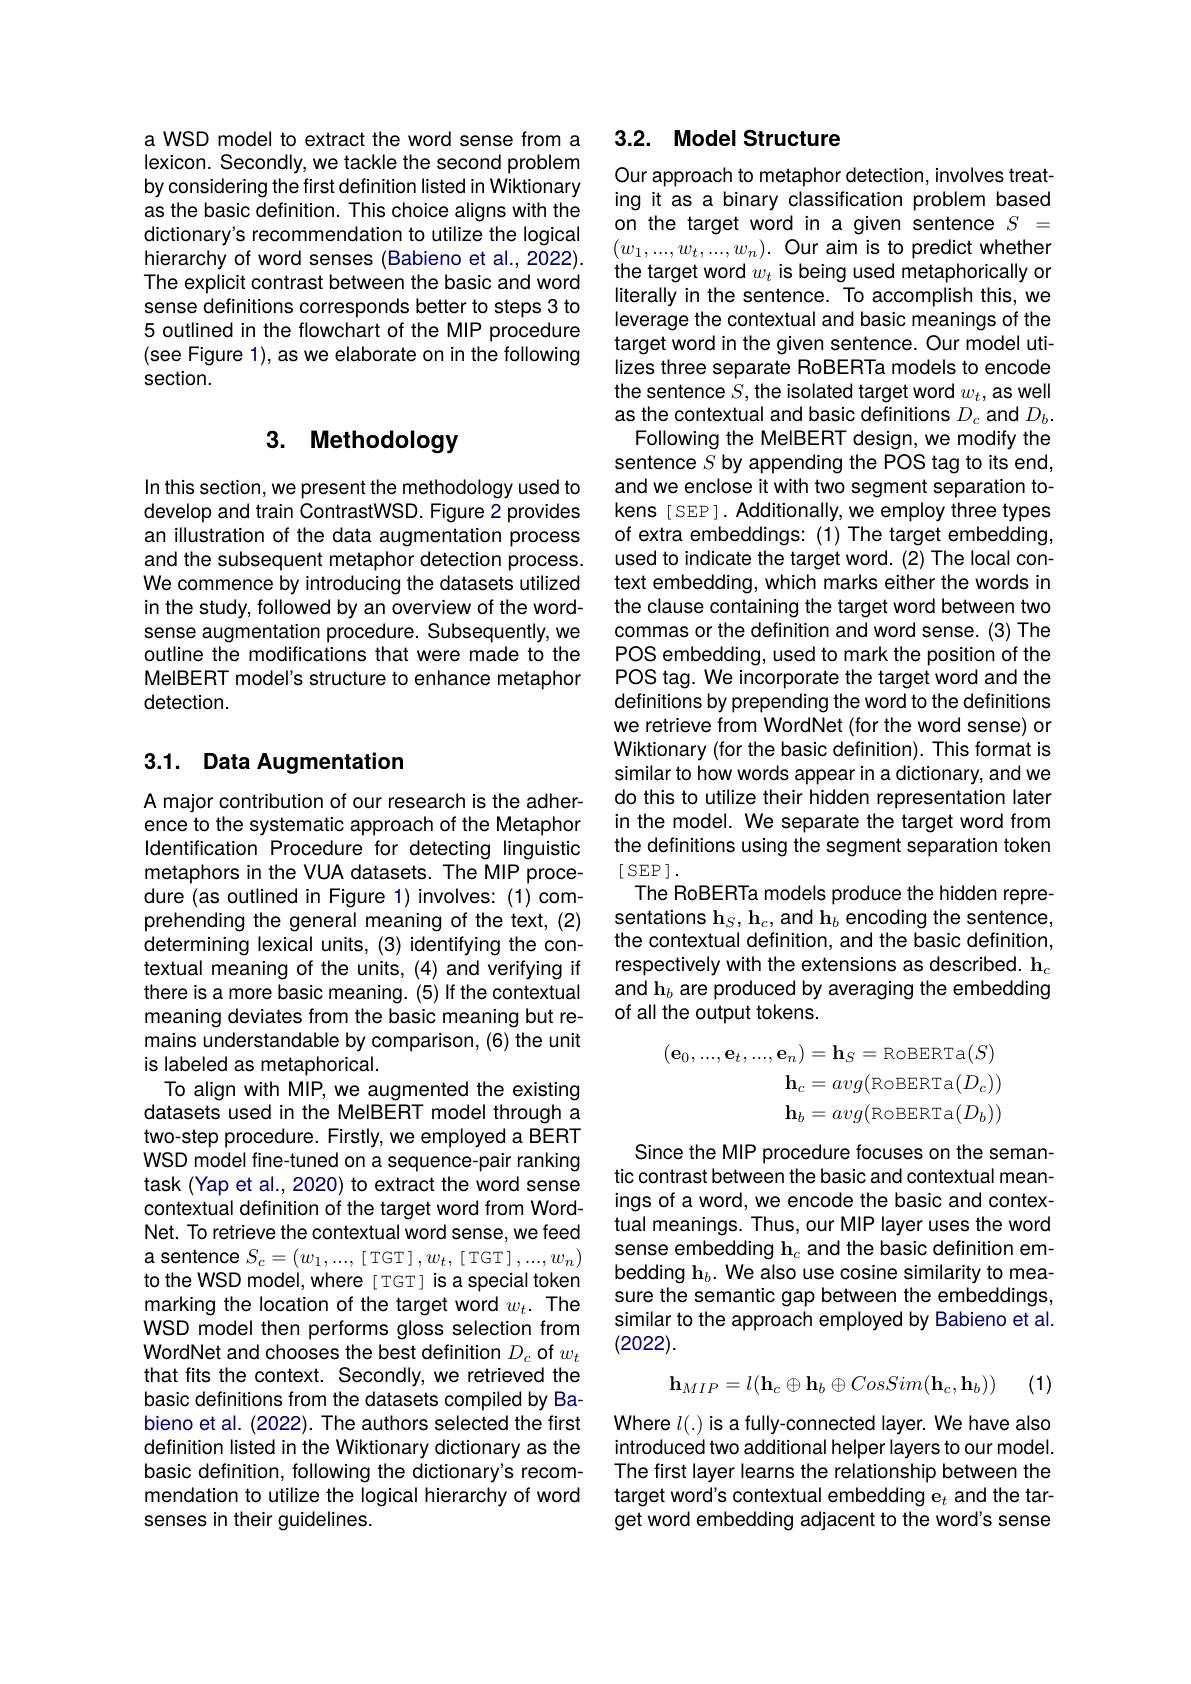
a WSD model to extract the word sense from a lexicon. Secondly, we tackle the second problem by considering the first definition listed in Wiktionary as the basic definition. This choice aligns with the dictionary's recommendation to utilize the logical hierarchy of word senses (Babieno et al., 2022). The explicit contrast between the basic and word sense definitions corresponds better to steps 3 to 5 outlined in the flowchart of the MIP procedure (see Figure 1), as we elaborate on in the following section.

## 3. Methodology

In this section, we present the methodology used to develop and train ContrastWSD. Figure 2 provides an illustration of the data augmentation process and the subsequent metaphor detection process. We commence by introducing the datasets utilized in the study, followed by an overview of the wordsense augmentation procedure. Subsequently, we outline the modifications that were made to the MelBERT model's structure to enhance metaphor detection.

## 3.1. Data Augmentation

A major contribution of our research is the adherence to the systematic approach of the Metaphor Identification Procedure for detecting linguistic metaphors in the VUA datasets. The MIP procedure (as outlined in Figure 1) involves: (1) comprehending the general meaning of the text, (2) determining lexical units, (3) identifying the contextual meaning of the units, (4) and verifying if there is a more basic meaning. (5) If the contextual meaning deviates from the basic meaning but remains understandable by comparison, (6) the unit is labeled as metaphorical.
To align with MIP, we augmented the existing datasets used in the MelBERT model through a two-step procedure. Firstly, we employed a BERT WSD model fine-tuned on a sequence-pair ranking task (Yap et al., 2020) to extract the word sense contextual definition of the target word from WordNet. To retrieve the contextual word sense, we feed $a$ sentence $S_c=(w_1,...,[$TGT$],w_t,[$TGT$],...,w_n)$ to the WSD model, where [ TGT] is a special token marking the location of the target word $w_t.$ The WSD model then performs gloss selection from WordNet and chooses the best definition $D_c$ of $w_t$ that fits the context. Secondly, we retrieved the basic definitions from the datasets compiled by Babieno et al. (2022). The authors selected the first definition listed in the Wiktionary dictionary as the basic definition, following the dictionary's recommendation to utilize the logical hierarchy of word senses in their guidelines.

## 3.2. Model Structure

Our approach to metaphor detection, involves treating it as a binary classification problem based on the target word in a given sentence $S=$ $(w_{1},...,w_{t},...,w_{n}).$ Our aim is to predict whether the target word $w_t$ is being used metaphorically or literally in the sentence. To accomplish this, we leverage the contextual and basic meanings of the target word in the given sentence. Our model utilizes three separate RoBERTa models to encode the sentence $S$, the isolated target word $w_t$, as well as the contextual and basic definitions $D_c$ and $D_b.$
Following the MelBERT design, we modify the sentence $S$ by appending the POS tag to its end and we enclose it with two segment separation tokens[SEP]. Additionally, we employ three types of extra embeddings: (1) The target embedding, used to indicate the target word. (2) The local context embedding, which marks either the words in the clause containing the target word between two commas or the definition and word sense. (3) The POS embedding, used to mark the position of the POS tag. We incorporate the target word and the definitions by prepending the word to the definitions we retrieve from WordNet (for the word sense) or Wiktionary (for the basic definition). This format is similar to how words appear in a dictionary, and we do this to utilize their hidden representation later in the model. We separate the target word from the definitions using the segment separation token [ SEP ].
The RoBERTa models produce the hidden representations h$_S,\mathbf{h}_c$,and h$_b$ encoding the sentence, the contextual definition, and the basic definition, respectively with the extensions as described. h$_c$ and h$_b$ are produced by averaging the embedding of all the output tokens.
$$\begin{aligned}(\mathbf{e}_{0},...,\mathbf{e}_{t},...,\mathbf{e}_{n})&=\mathbf{h}_{S}=\mathrm{RoBERTa}(S)\\\mathbf{h}_{c}&=avg(\mathrm{RoBERTa}(D_{c}))\\\mathbf{h}_{b}&=avg(\mathrm{RoBERTa}(D_{b}))\end{aligned}$$
Since the MIP procedure focuses on the semantic contrast between the basic and contextual meanings of a word, we encode the basic and contextual meanings. Thus, our MIP layer uses the word sense embedding h$_c$ and the basic definition embedding h$_b.$ We also use cosine similarity to measure the semantic gap between the embeddings similar to the approach employed by Babieno et al. (2022).
$$\mathbf h_{MIP}=l(\mathbf h_c\oplus\mathbf h_b\oplus CosSim(\mathbf h_c,\mathbf h_b))$$
(1)

Where $l(.)$ is a fully-connected layer. We have also introduced two additional helper layers to our model. The first layer learns the relationship between the target word's contextual embedding e$_t$ and the target word embedding adjacent to the word's sense